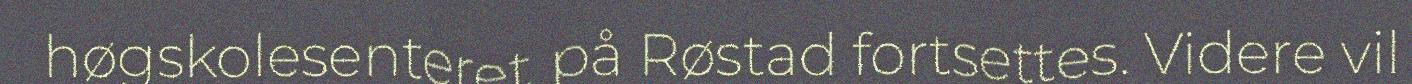
høgskolesenteret på Røstad fortsettes. Videre vil